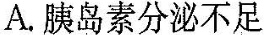
A. 胰岛素分泌不足